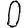
Digit: 0